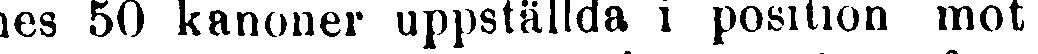
nes 50 kanoner uppställda i position mot